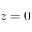
z = 0